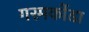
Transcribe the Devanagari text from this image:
गरमकोंडा